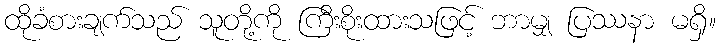
ထိုခံစားချက်သည် သူတို့ကို ကြီးစိုးထားသဖြင့် ဘာမျှ ပြဿနာ မရှိ။